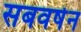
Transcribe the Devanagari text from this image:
सबवर्षन